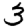
Digit: 3